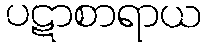
ပဋာစာရာယ